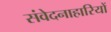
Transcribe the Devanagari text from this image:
संवेदनाहारियों